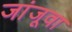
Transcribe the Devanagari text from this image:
जांजूवा